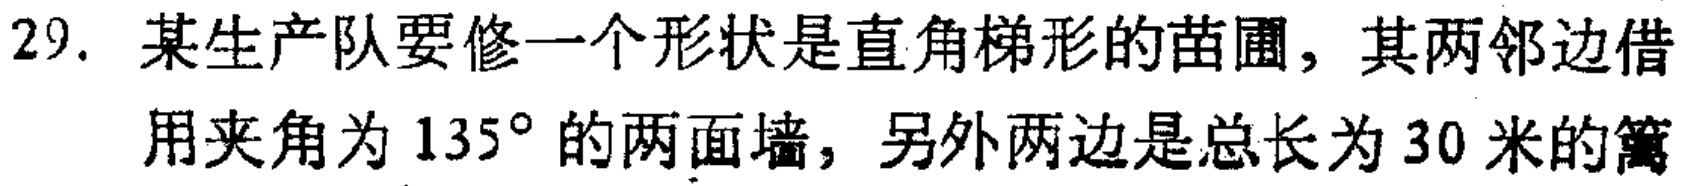
29. 某生产队要修一个形状是直角梯形的苗圃，其两邻边借用夹角为 \(135^{\circ}\) 的两面墙，另外两边是总长为 30 米的篱